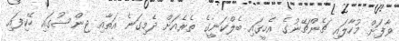
ވާފަށް މުހާލައި ޗެންޗޭނުގެ އެހީގައި ބެލްކަނީގެ ތެރެއަށް ދެމިގަނެ އަތާއި ޖިންސުގައި ހޭކިފައި